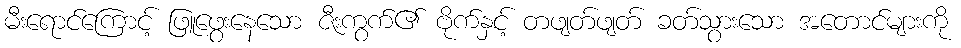
မီးရောင်ကြောင့် ဖြူဖွေးနေသော ဇီးကွက်၏ ဗိုက်နှင့် တဖျတ်ဖျတ် ခတ်သွားသော အတောင်များကို